Vaccination North-Western Provinces 1866-1877 - 1866-1877
Year: 1866
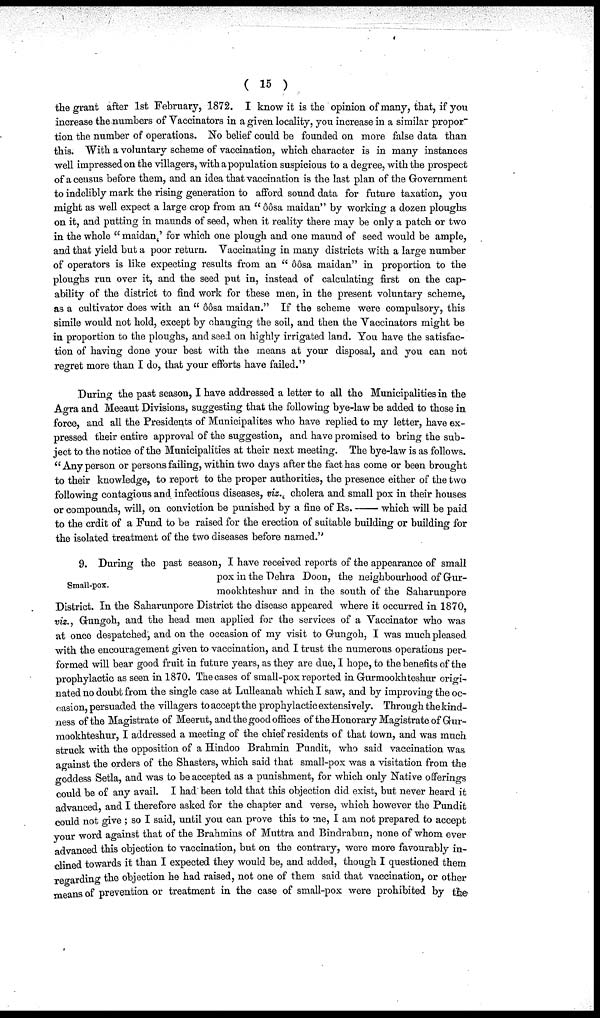
( 15 )
the grant after 1st February, 1872. I know it is the opinion of many, that, if you
increase the numbers of Vaccinators in a given locality, you increase in a similar propor¬
tion the number of operations. No belief could be founded on more false data than
this. With a voluntary scheme of vaccination, which character is in many instances
well impressed on the villagers, with a population suspicious to a degree, with the prospect
of a census before them, and an idea that vaccination is the last plan of the Government
to indelibly mark the rising generation to afford sound data for future taxation, you
might as well expect a large crop from an " ôôsa maidan" by working a dozen ploughs
on it, and putting in maunds of seed, when it reality there may be only a patch or two
in the whole " maidan,' for which one plough and one maund of seed would be ample,
and that yield but a poor return. Vaccinating in many districts with a large number
of operators is like expecting results from an " ôôsa maidan" in proportion to the
ploughs run over it, and the seed put in, instead of calculating first on the cap-
ability of the district to find work for these men, in the present voluntary scheme,
as a cultivator does with an " ôôsa maidan." If the scheme were compulsory, this
simile would not hold, except by changing the soil, and then the Vaccinators might be
in proportion to the ploughs, and seed on highly irrigated land. You have the satisfac-
tion of having done your best with the means at your disposal, and you can not
regret more than I do, that your efforts have failed."
During the past season, I have addressed a letter to all the Municipalities in the
Agra and Meeaut Divisions, suggesting that the following bye-law be added to those in
force, and all the Presidents of Municipalites who have replied to my letter, have ex-
pressed their entire approval of the suggestion, and have promised to bring the sub-
ject to the notice of the Municipalities at their next meeting. The bye-law is as follows.
" Any person or persons failing, within two days after the fact has come or been brought
to their knowledge, to report to the proper authorities, the presence either of the two
following contagious and infectious diseases, viz., cholera and small pox in their houses
or compounds, will, on conviction be punished by a fine of Rs.—which will be paid
to the crdit of a Fund to be raised for the erection of suitable building or building for
the isolated treatment of the two diseases before named."
Small-pox.
9. During the past season, I have received reports of the appearance of small
pox in the Dehra Doon, the neighbourhood of Gur¬
mookhteshur and in the south of the Saharunpore
District. In the Saharunpore District the disease appeared where it occurred in 1870,
viz., Gungoh, and the head men applied for the services of a Vaccinator who was
at once despatched, and on the occasion of my visit to Gungoh, I was much pleased
with the encouragement given to vaccination, and I trust the numerous operations per-
formed will bear good fruit in future years, as they are due, I hope, to the benefits of the
prophylactic as seen in 1870. The cases of small-pox reported in Gurmookhteshur origi-
nated no doubt from the single case at Lulleanah which I saw, and by improving the oc-
casion, persuaded the villagers to accept the prophylactic extensively. Through the kind-
ness of the Magistrate of Meerut, and the good offices of the Honorary Magistrate of Gur-
mookhteshur, I addressed a meeting of the chief residents of that town, and was much
struck with the opposition of a Hindoo Brahmin Pundit, who said vaccination was
against the orders of the Shasters, which said that small-pox was a visitation from the
goddess Setla, and was to be accepted as a punishment, for which only Native offerings
could be of any avail. I had been told that this objection did exist, but never heard it
advanced, and I therefore asked for the chapter and verse, which however the Pundit
could not give ; so I said, until you can prove this to me, I am not prepared to accept
your word against that of the Brahmins of Muttra and Bindrabun, none of whom ever
advanced this objection to vaccination, but on the contrary, were more favourably in-
clined towards it than I expected they would be, and added, though I questioned them
regarding the objection he had raised, not one of them said that vaccination, or other
means of prevention or treatment in the case of small-pox were prohibited by the